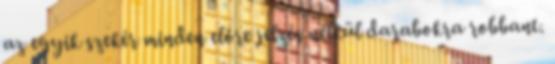
az egyik szekér minden előre jelzés nélkül darabokra robbant.